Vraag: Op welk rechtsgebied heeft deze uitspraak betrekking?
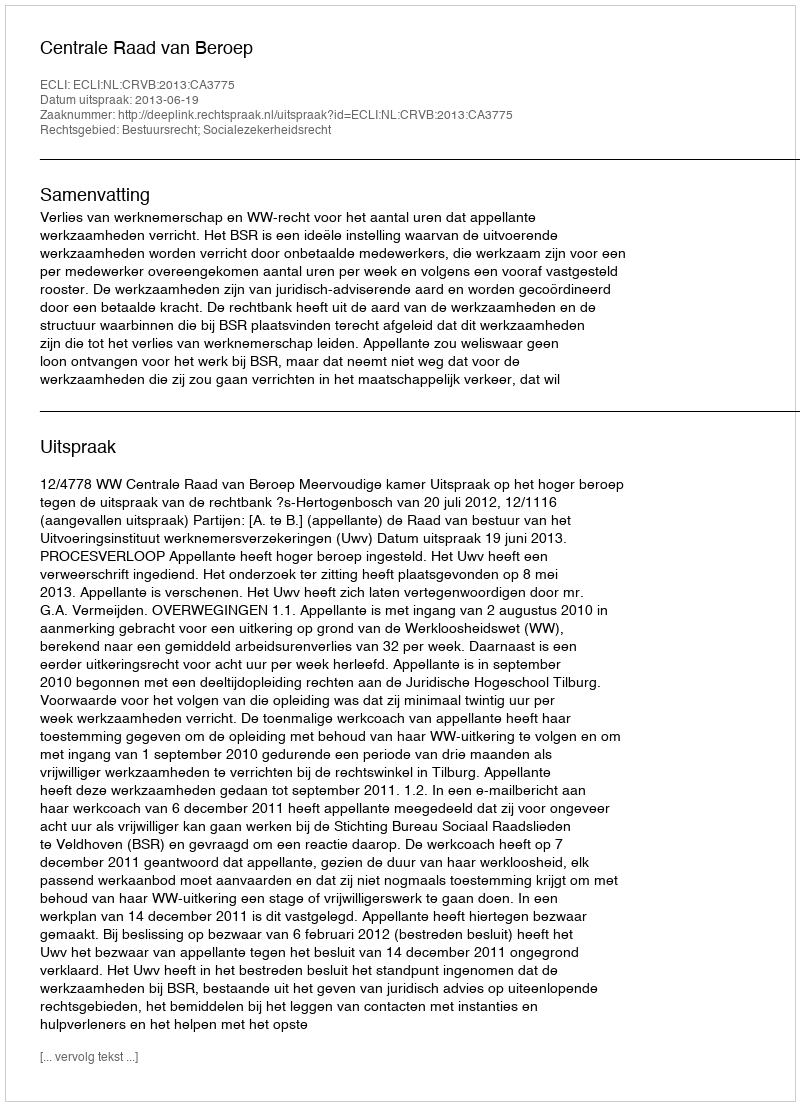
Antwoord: Bestuursrecht; Socialezekerheidsrecht